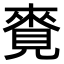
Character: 𧡛